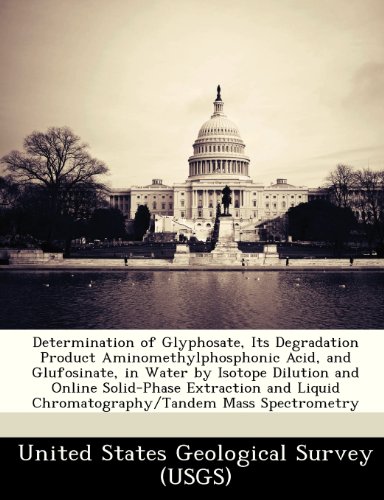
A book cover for Determination of Glyphosate, Its Degradation Product Aminomethylphosphonic Acid, and Glufosinate, in Water by Isotope Dilution and Online Solid-Phase ... Chromatography/Tandem Mass Spectrometry; Science & Math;